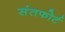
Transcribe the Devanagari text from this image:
संतफोर्ट